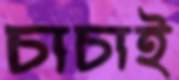
চাচাই